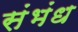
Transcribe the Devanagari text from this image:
संभंध